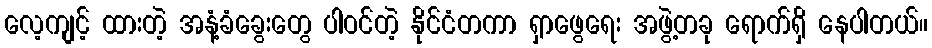
လေ့ကျင့် ထားတဲ့ အနံ့ခံခွေးတွေ ပါဝင်တဲ့ နိုင်ငံတကာ ရှာဖွေရေး အဖွဲ့တခု ရောက်ရှိ နေပါတယ်။